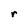
Character: r